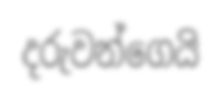
දරුවන්ගෙයි